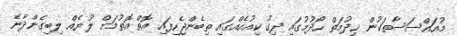
މުއައްސަސާތަކުން ޚިދުމަތް ހޯދުމުގައި ދިގު ކިއުއެއްގައި ތިބެންޖެހިފައި އޮތް އޮތުމަށް ލުޔެއް ލިބިގެންދާނެ